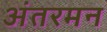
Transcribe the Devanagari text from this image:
अंतरमन